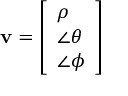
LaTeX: \mathbf { v } = \left[ { \begin{array} { l } { \rho } \\ { \angle \theta } \\ { \angle \phi } \end{array} } \right]